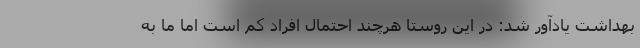
بهداشت یادآور شد: در این روستا هرچند احتمال افراد کم است اما ما به